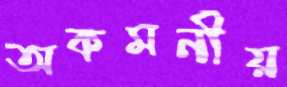
অকমনীয়